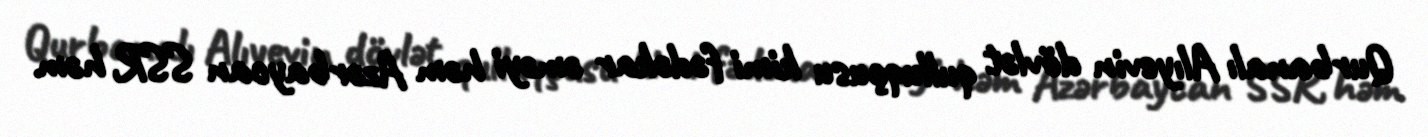
Qurbanalı Alıyevin dövlət qulluqçusu kimi fədəkar əməyi həm Azərbaycan SSR, həm